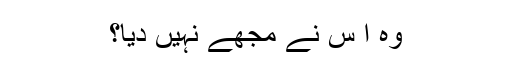
وہ ا س نے مجھے نہیں دیا؟